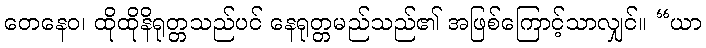
တေနေဝ၊ ထိုထိုနိရုတ္တသည်ပင် နေရုတ္တမည်သည်၏ အဖြစ်ကြောင့်သာလျှင်။ “ယာ